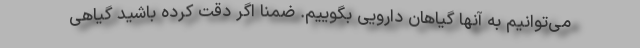
می‌توانیم به آنها گیاهان دارویی بگوییم. ضمناً اگر دقت کرده باشید گیاهی